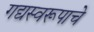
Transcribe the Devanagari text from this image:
गद्यस्वरूपाचे